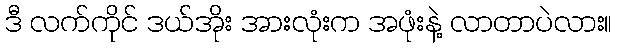
ဒီ လက်ကိုင် ဒယ်အိုး အားလုံးက အဖုံးနဲ့ လာတာပဲလား။